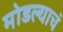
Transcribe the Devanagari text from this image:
मोडल्याचं